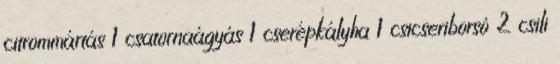
citrommártás 1 csatornaágyás 1 cserépkályha 1 csicseriborsó 2 csili